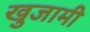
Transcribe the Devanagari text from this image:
खुजामी